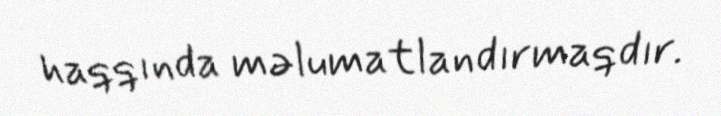
haqqında məlumatlandırmaqdır.